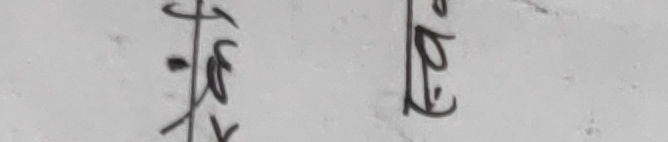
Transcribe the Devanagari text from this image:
ने ले